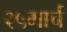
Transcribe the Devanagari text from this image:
२५मार्च